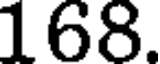
168.